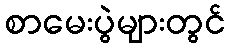
စာမေးပွဲများတွင်